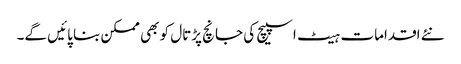
نئے اقدامات ہیٹ اسپیچ کی جانچ پڑتال کو بھی ممکن بنا پائیں گے۔